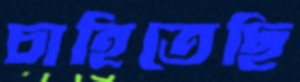
চাহিতেছি